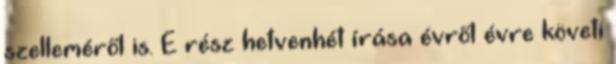
szelleméről is. E rész hetvenhét írása évről évre követi